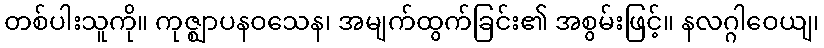
တစ်ပါးသူကို။ ကုဇ္ဈာပနဝသေန၊ အမျက်ထွက်ခြင်း၏ အစွမ်းဖြင့်။ နလဂ္ဂါဝေယျ၊